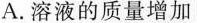
A.溶液的质量增加